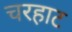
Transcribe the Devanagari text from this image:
चरहाट